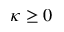
\kappa \geq 0